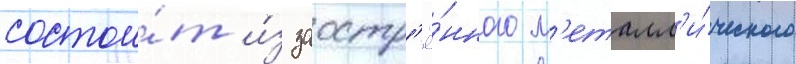
состои́т и́з заостр'ё́нного м'еталл'и́ческого